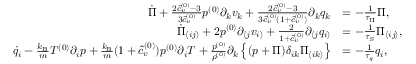
\begin{array} { r l } { \dot { \Pi } + \frac { 2 \hat { c } _ { v } ^ { ( 0 ) } - 3 } { 3 \hat { c } _ { v } ^ { ( 0 ) } } p ^ { ( 0 ) } \partial _ { k } v _ { k } + \frac { 2 \hat { c } _ { v } ^ { ( 0 ) } - 3 } { 3 \hat { c } _ { v } ^ { ( 0 ) } ( 1 + \hat { c } _ { v } ^ { ( 0 ) } ) } \partial _ { k } q _ { k } } & { = - \frac { 1 } { \tau _ { \Pi } } \Pi , } \\ { \dot { \Pi } _ { \langle i j \rangle } + 2 p ^ { ( 0 ) } \partial _ { \langle j } v _ { i \rangle } + \frac { 2 } { 1 + \hat { c } _ { v } ^ { ( 0 ) } } \partial _ { \langle j } q _ { i \rangle } } & { = - \frac { 1 } { \tau _ { S } } \Pi _ { \langle i j \rangle } , } \\ { \dot { q } _ { i } - \frac { k _ { \mathrm { B } } } { m } T ^ { ( 0 ) } \partial _ { i } p + \frac { k _ { \mathrm { B } } } { m } ( 1 + \hat { c } _ { v } ^ { ( 0 ) } ) p ^ { ( 0 ) } \partial _ { i } T + \frac { p ^ { ( 0 ) } } { \rho ^ { ( 0 ) } } \partial _ { k } \left\{ ( p + \Pi ) \delta _ { i k } \Pi _ { \langle i k \rangle } \right\} } & { = - \frac { 1 } { \tau _ { q } } q _ { i } , } \end{array}